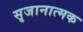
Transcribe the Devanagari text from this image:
सृजानात्मक